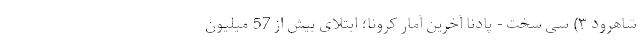
شاهرود ۳) سی سخت - پادنا آخرین آمار کرونا؛ ابتلای بیش از 57 میلیون